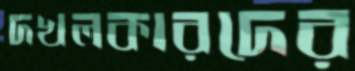
দখলকারদের